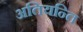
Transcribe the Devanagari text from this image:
अतियन्ति